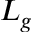
L _ { g }